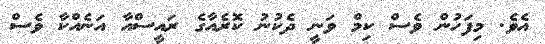
އެވެ. މިފަހުން ވެސް ކިމް ވަނީ ދެކުނު ކޮރެއާގެ ރައީސްއާ އަނެއްކާ ވެސް